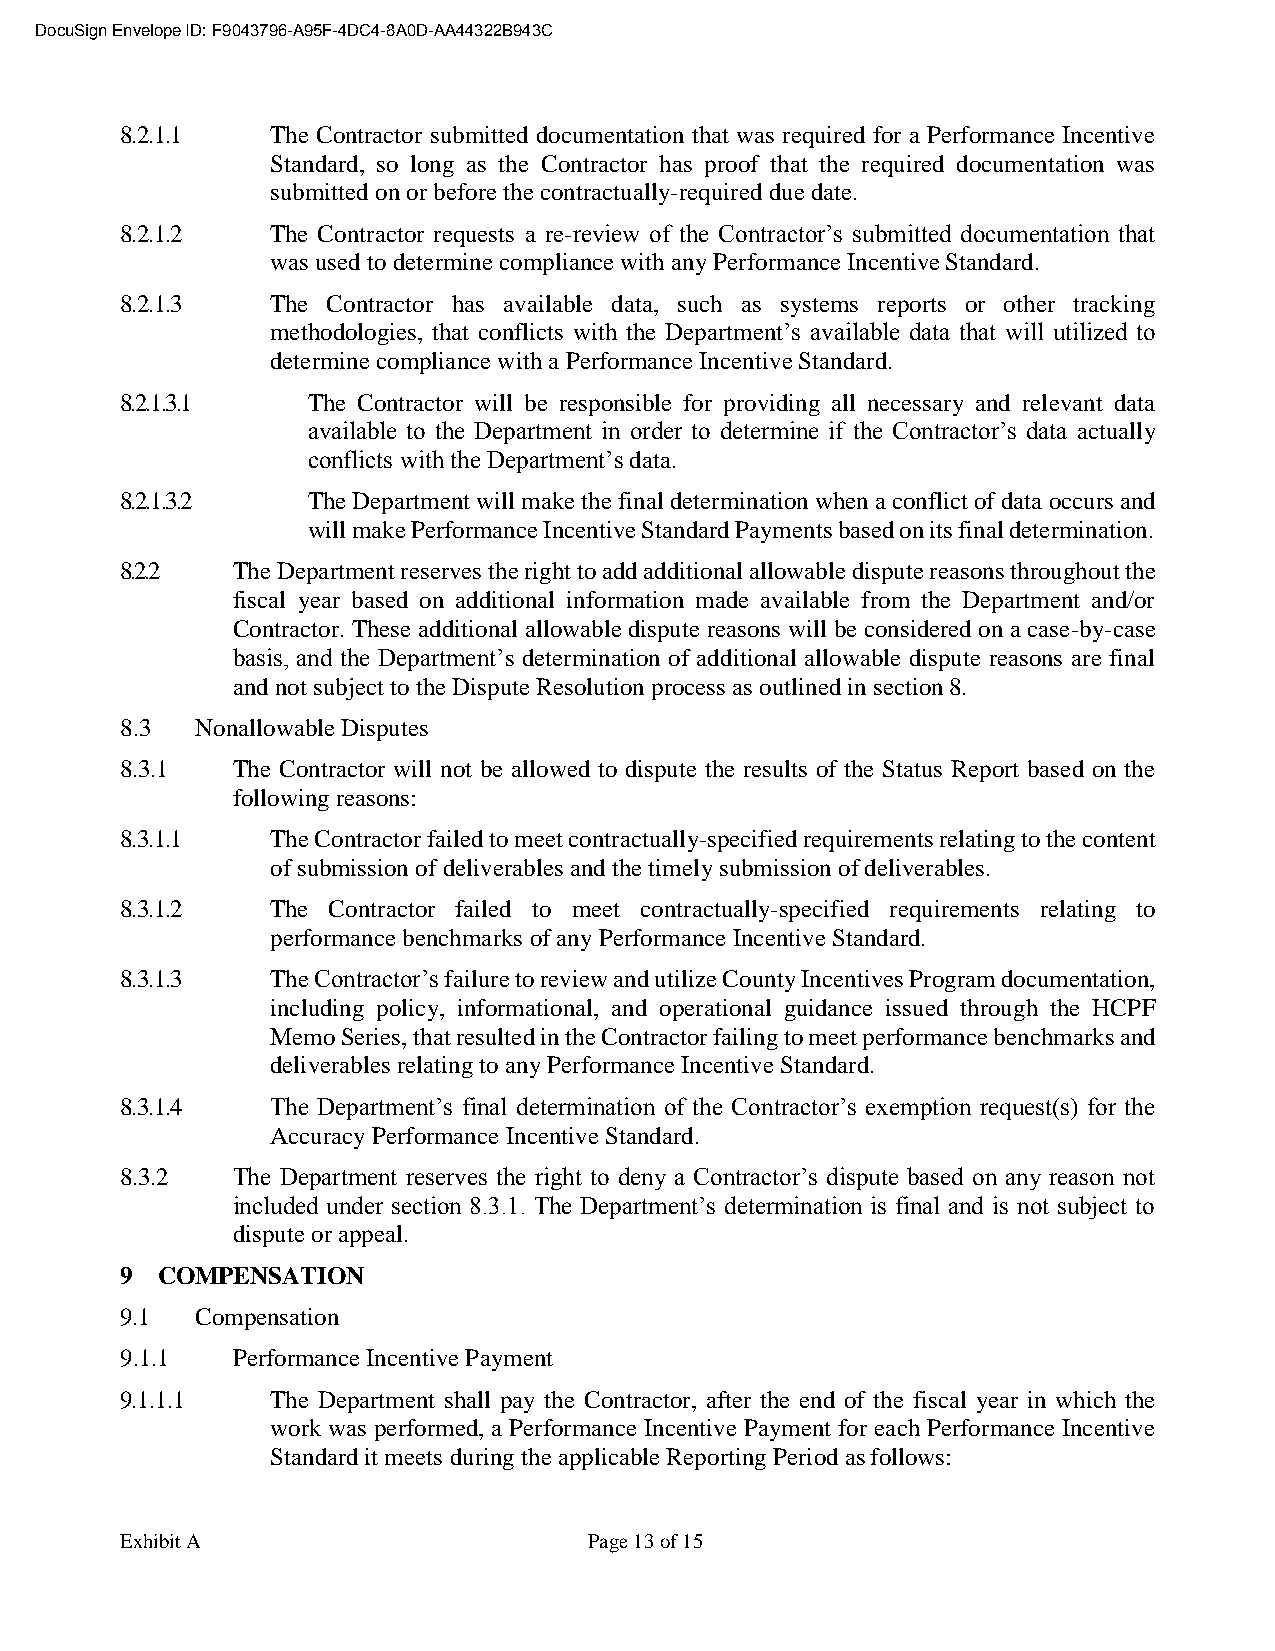
DocuSign Envelope ID: F9043796-A95F-4DC4-8A0D-AA44322B943C
 8.2.1.1   The Contractor submitted documentation that was required for a Performance Incentive
 Standard, so long as the Contractor has proof that the required documentation was
 submitted on or before the contractually-required due date.
 8.2.1.2   The Contractor requests a re-review of the Contractor’s submitted documentation that
 was used to determine compliance with any Performance Incentive Standard.
 8.2.1.3   The Contractor has available data, such as systems reports or other tracking
 methodologies, that conflicts with the Department’s available data that will utilized to
 determine compliance with a Performance Incentive Standard.
 8.2.1.3.1   The Contractor will be responsible for providing all necessary and relevant data
 available to the Department in order to determine if the Contractor’s data actually
 conflicts with the Department’s data.
 8.2.1.3.2   The Department will make the final determination when a conflict of data occurs and
 will make Performance Incentive Standard Payments based on its final determination.
 8.2.2  The Department reserves the right to add additional allowable dispute reasons throughout the
 fiscal year based on additional information made available from the Department and/or
 Contractor. These additional allowable dispute reasons will be considered on a case-by-case
 basis, and the Department’s determination of additional allowable dispute reasons are final
 and not subject to the Dispute Resolution process as outlined in section 8.
 8.3  Nonallowable Disputes
 8.3.1  The Contractor will not be allowed to dispute the results of the Status Report based on the
 following reasons:
 8.3.1.1   The Contractor failed to meet contractually-specified requirements relating to the content
 of submission of deliverables and the timely submission of deliverables.
 8.3.1.2   The Contractor failed to meet contractually-specified requirements relating to
 performance benchmarks of any Performance Incentive Standard.
 8.3.1.3   The Contractor’s failure to review and utilize County Incentives Program documentation,
 including policy, informational, and operational guidance issued through the HCPF
 Memo Series, that resulted in the Contractor failing to meet performance benchmarks and
 deliverables relating to any Performance Incentive Standard.
 8.3.1.4   The Department’s final determination of the Contractor’s exemption request(s) for the
 Accuracy Performance Incentive Standard.
 8.3.2  The Department reserves the right to deny a Contractor’s dispute based on any reason not
 included under section 8.3.1. The Department’s determination is final and is not subject to
 dispute or appeal.
 9 COMPENSATION
 9.1  Compensation
 9.1.1  Performance Incentive Payment
 9.1.1.1   The Department shall pay the Contractor, after the end of the fiscal year in which the
 work was performed, a Performance Incentive Payment for each Performance Incentive
 Standard it meets during the applicable Reporting Period as follows:
 Exhibit A                      Page 13 of 15